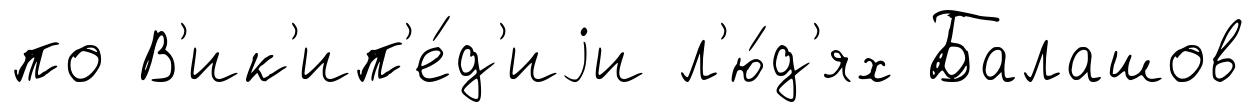
по В'ик'ип'е́д'иjи л'ю́д'ях Балашов